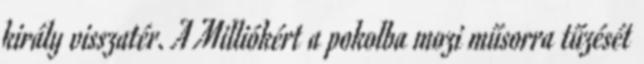
király visszatér. A Milliókért a pokolba mozi műsorra tűzését